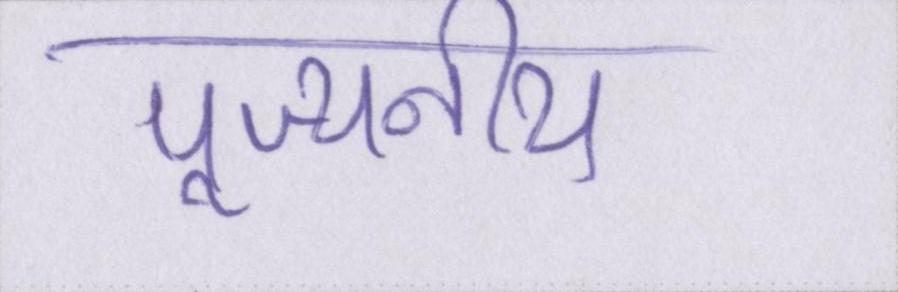
पूज्यनीय